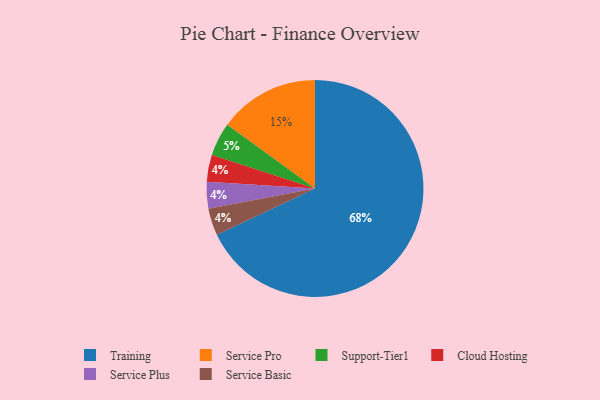
{"axis": {"x": "Category", "y": "Percentage"}, "legend": ["Cloud Hosting", "Service Basic", "Service Plus", "Service Pro", "Support-Tier1", "Training"], "data": [{"x": "Support-Tier1", "y": 5, "type": "Support-Tier1"}, {"x": "Service Pro", "y": 15, "type": "Service Pro"}, {"x": "Cloud Hosting", "y": 4, "type": "Cloud Hosting"}, {"x": "Training", "y": 68, "type": "Training"}, {"x": "Service Plus", "y": 4, "type": "Service Plus"}, {"x": "Service Basic", "y": 4, "type": "Service Basic"}]}